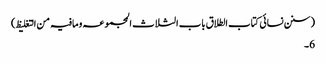
(سنن نسائی کتاب الطلاق باب الثلاث المجموعہ ومافیہ من التغلیظ)
6۔